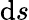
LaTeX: \operatorname{d}\! s